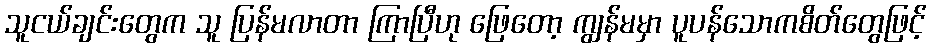
သူငယ်ချင်းတွေက သူ ပြန်မလာတာ ကြာပြီဟု ဖြေတော့ ကျွန်မမှာ ပူပန်သောကစိတ်တွေဖြင့်